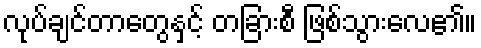
လုပ်ချင်တာတွေနှင့် တခြားစီ ဖြစ်သွားလေ၏။